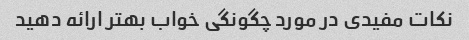
نکات مفیدی در مورد چگونگی خواب بهتر ارائه دهید